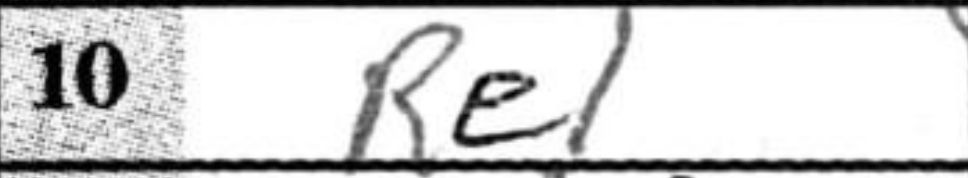
Transcription: Re1